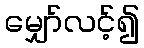
မျှော်လင့်၍